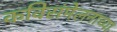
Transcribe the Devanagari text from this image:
कविसंमेलनाच्या